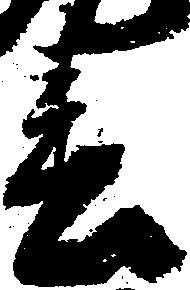
春